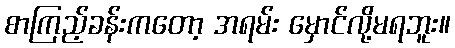
စာကြည့်ခန်းကတော့ အရမ်း မှောင်လို့မရဘူး။